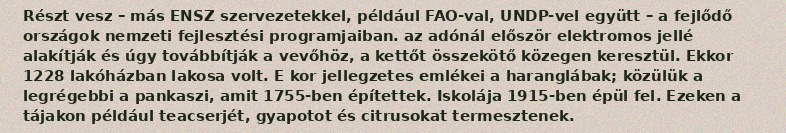
Részt vesz – más ENSZ szervezetekkel, például FAO-val, UNDP-vel együtt – a fejlődő országok nemzeti fejlesztési programjaiban. az adónál először elektromos jellé alakítják és úgy továbbítják a vevőhöz, a kettőt összekötő közegen keresztül. Ekkor 1228 lakó­házban lakosa volt. E kor jellegzetes emlékei a haranglábak; közülük a legrégebbi a pankaszi, amit 1755-ben építettek. Iskolája 1915-ben épül fel. Ezeken a tájakon például teacserjét, gyapotot és citrusokat termesztenek.